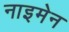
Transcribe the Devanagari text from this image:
नाइमेन